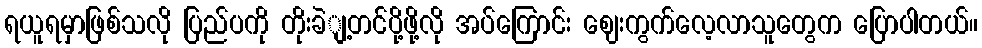
ရယူရမှာဖြစ်သလို ပြည်ပကို တိုးခဲျ့တင်ပို့ဖို့လို အပ်ကြောင်း ဈေးကွက်လေ့လာသူတွေက ပြောပါတယ်။